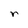
Character: r